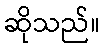
ဆိုသည်။